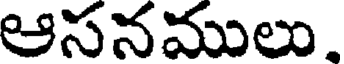
ఆసనములు,